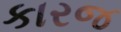
કારજ